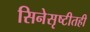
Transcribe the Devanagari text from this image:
सिनेसृष्टीतही